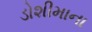
ડોશીમાના